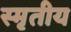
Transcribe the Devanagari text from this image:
स्मृतीय